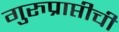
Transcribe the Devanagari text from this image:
गुरुप्राप्तीची